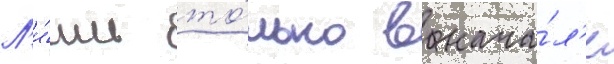
Л'и́шь то́лько в нача́л'е